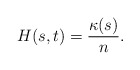
\begin{align*}H(s,t)=\frac{\kappa(s)}{n}.\end{align*}